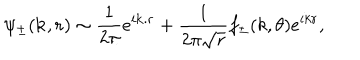
\psi _ { \pm } ( \mathbf { k } , \mathbf { r } ) \sim \frac { 1 } { 2 \pi } e ^ { i \mathbf { k } . \mathbf { r } } + \frac { 1 } { 2 \pi \sqrt { r } } f _ { \pm } ( k , \theta ) e ^ { i k r } ,